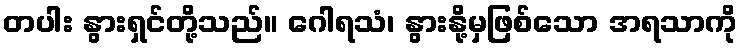
တပါး နွားရှင်တို့သည်။ ဂေါရသံ၊ နွားနို့မှဖြစ်သော အရသာကို